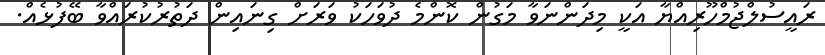
ރައީސުލްޖުމްހޫރިއްޔާ އަކީ މިދަންނަވާ މަގުން ކޮންމެ ދުވަހަކު ވަރަށް ގިނައިން ދަތުރުކުރައްވާ ބޭފުޅެއް.